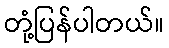
တုံ့ပြန်ပါတယ်။